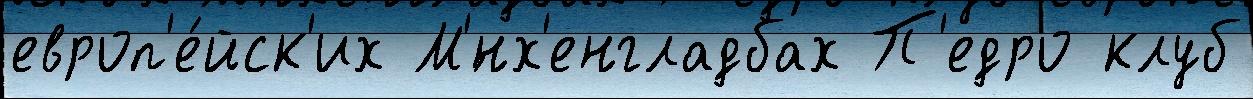
европ'е́йск'их М'́нх'енгладбах П'едро клуб